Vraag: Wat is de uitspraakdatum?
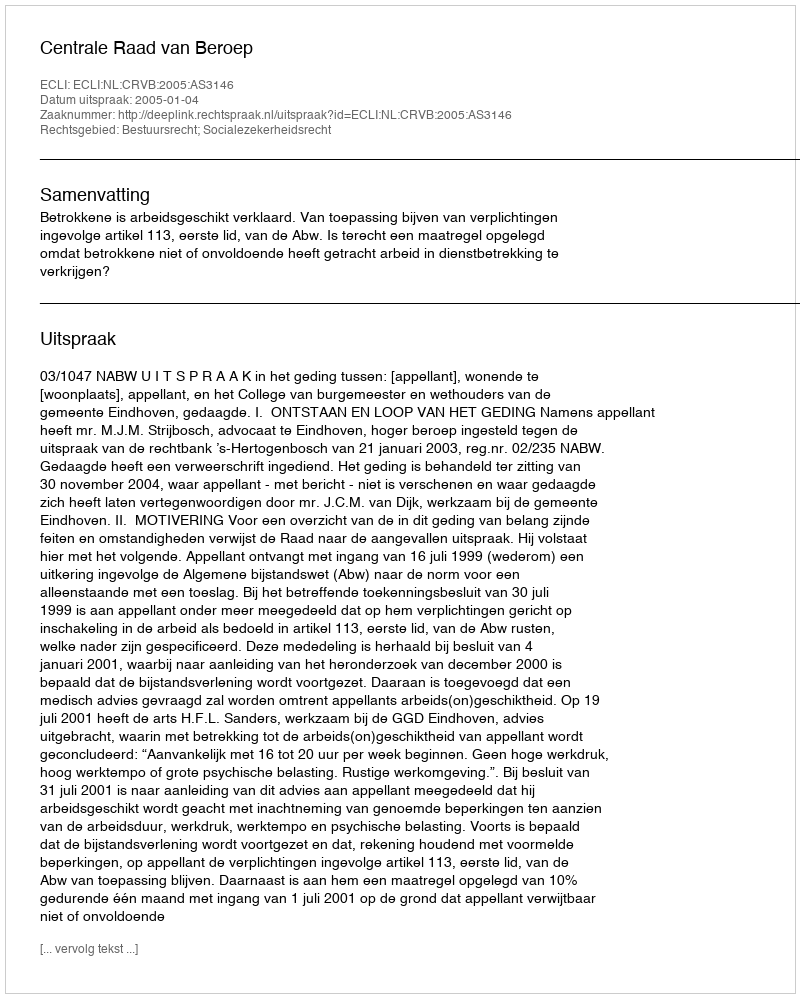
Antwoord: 2005-01-04